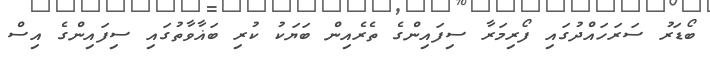
ބޯޑަރު ސަރަހައްދުގައި ފޯރިމަރާ ސިފައިންގެ ތެރެއިން ބަޔަކު ކުރި ބަޣާވާތުގައި ސިފައިންގެ އިސް